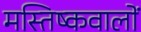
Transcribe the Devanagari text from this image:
मस्तिष्कवालों